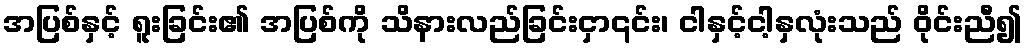
အပြစ်နှင့် ရူးခြင်း၏ အပြစ်ကို သိနားလည်ခြင်းငှာ၎င်း၊ ငါနှင့်ငါ့နှလုံးသည် ဝိုင်းညီ၍